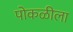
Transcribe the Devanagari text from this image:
पोकळीला